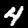
Label: 4